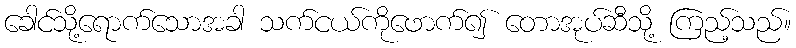
ခေါင်သို့ရောက်သောအခါ သက်ငယ်ကိုဖောက်၍ တောအုပ်ဆီသို့ ကြည့်သည်။